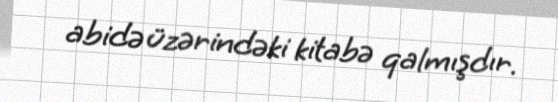
abidə üzərindəki kitabə qalmışdır.